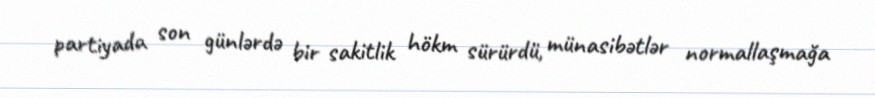
partiyada son günlərdə bir sakitlik hökm sürürdü, münasibətlər normallaşmağa